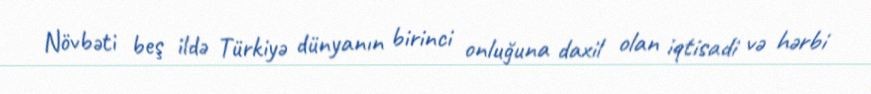
Növbəti beş ildə Türkiyə dünyanın birinci onluğuna daxil olan iqtisadi və hərbi